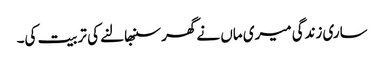
ساری زندگی میری ماں نے گھر سنبھالنے کی تربیت کی۔